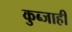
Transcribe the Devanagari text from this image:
कुब्जाही